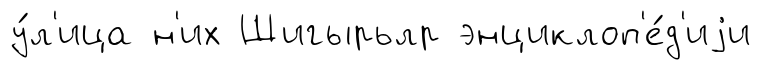
у́л'ица н'их Шигырьлр энциклоп'е́д'иjи